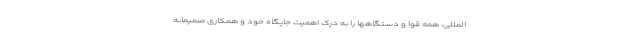
المللی، همه قوا و دستگاهها را به درک اهمیت جایگاه خود و همکاری صمیمانه